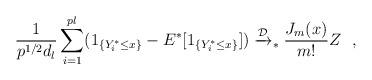
LaTeX: \begin{align*} \frac 1 { p^{1/2} d_l} \sum_{i=1}^{pl} (1_{\{ Y_i^{\ast} \leq x \}} - E^{\ast}[1_{\{ Y_i^{\ast} \leq x \}} ]) \xrightarrow{\mathcal D}_{\ast} \frac {J_m(x)} {m !} Z \ \ ,\end{align*}